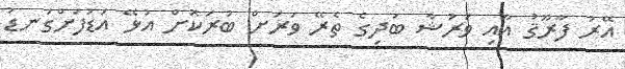
އޭރު ފާރޫޤު އާއި ވަރުޝާ ބަދިގެ ތެރޭ ވަރަށް ބުރަކޮށް އުޅޭ އަޑުފަށްގަނޑު